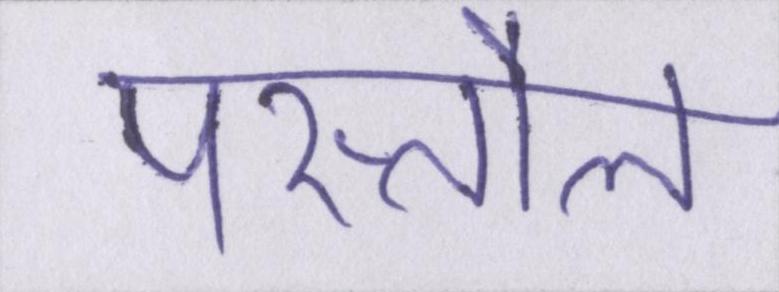
पस्तौल